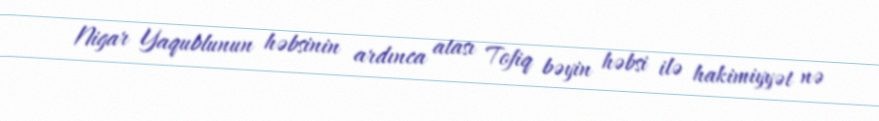
Nigar Yaqublunun həbsinin ardınca atası Tofiq bəyin həbsi ilə hakimiyyət nə